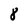
Character: 8